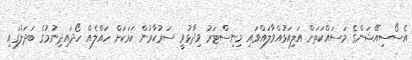
އެސޯސިއޭޝަންގެ މަސައްކަތަށް އަލިއަޅުއްވާލައްވައި މިނިސްޓަރު ވިދާޅުވީ ސަރުކާރުން ކަމަކަށް ހައްލެއް ހޯދައިދިނުމުގެ ބަދަލުގައި